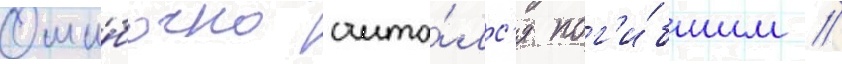
Оши́бочно счита́лс'я пог'и́бшим //